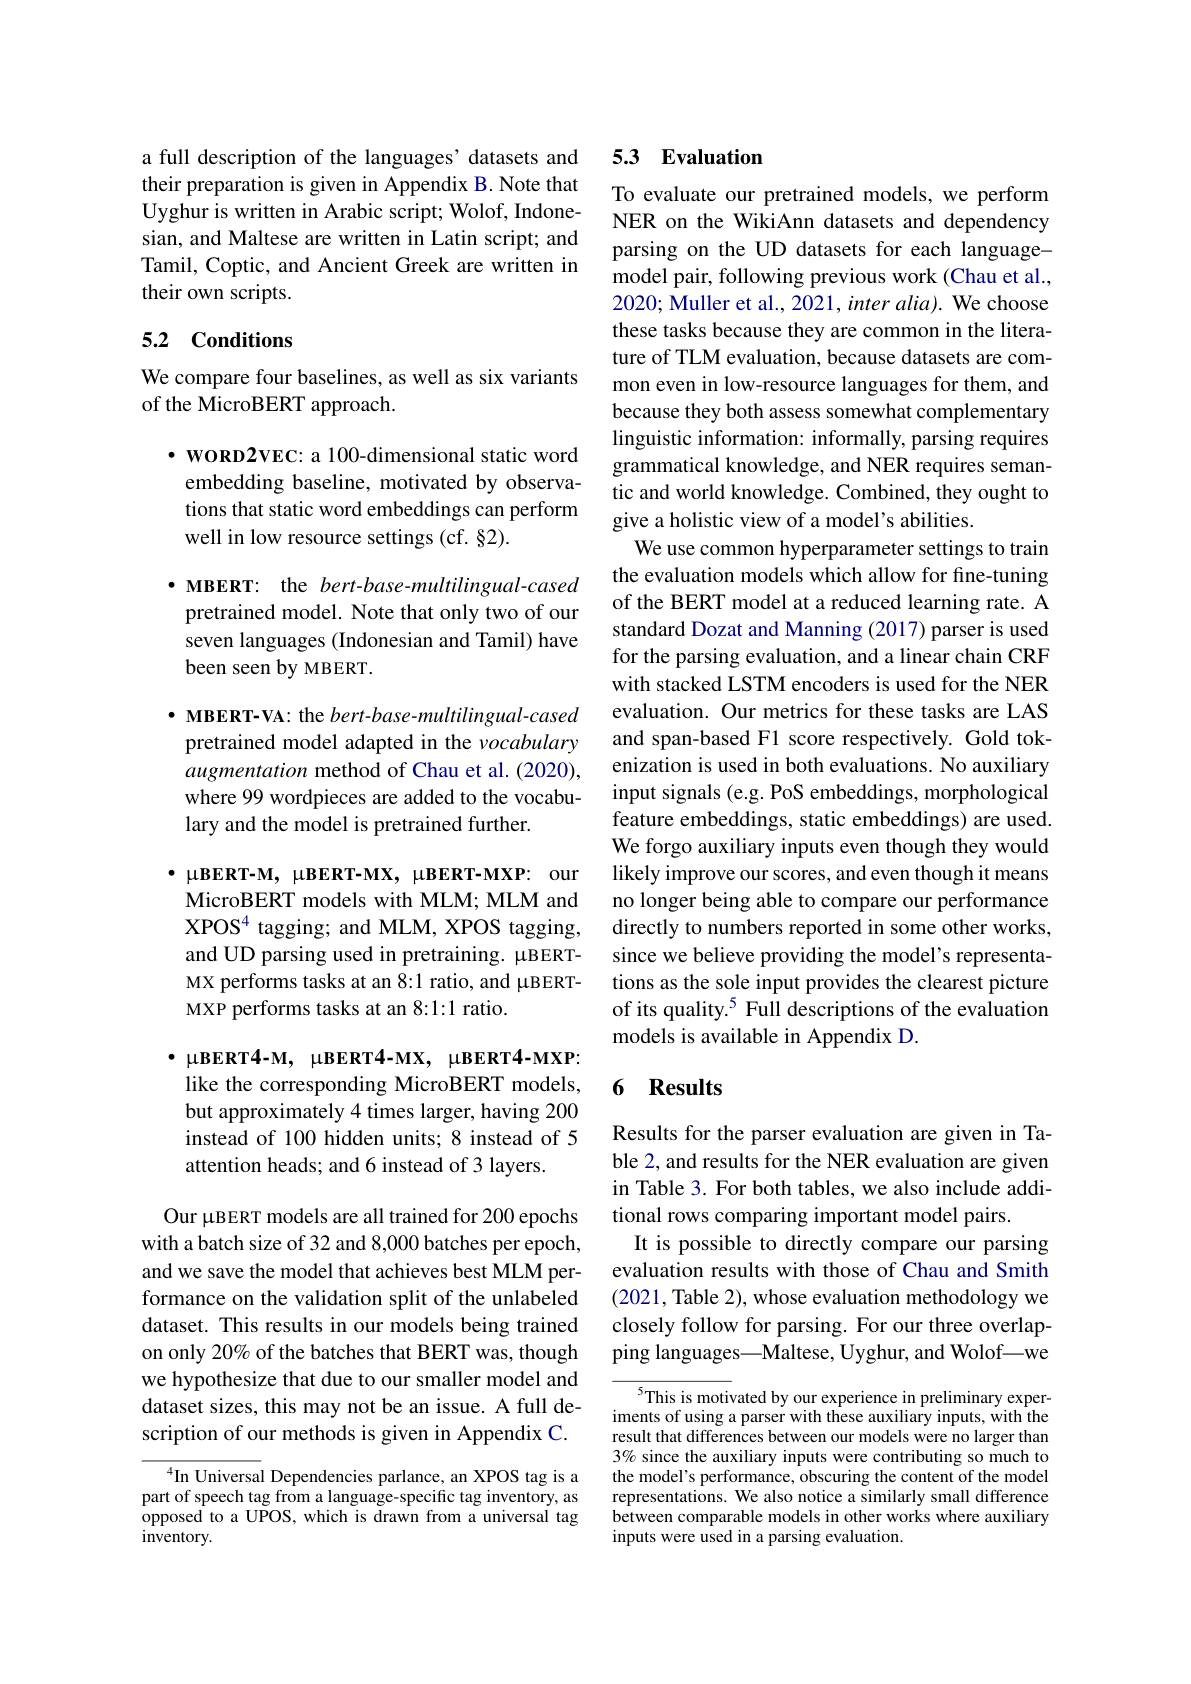
a full description of the languages' datasets and their preparation is given in Appendix B. Note that Uyghur is written in Arabic script; Wolof, Indonesian, and Maltese are written in Latin script; and Tamil, Coptic, and Ancient Greek are written in their own scripts.

# 5.2 Conditions

We compare four baselines, as well as six variants
of the MicroBERT approach.

$\cdot$ woRD2VEC: a 100-dimensional static word
embedding baseline, motivated by observations that static word embeddings can perform well in low resource settings (cf. §2).

$\cdot$ MBERT: the bert-base-multilingual-cased pretrained model. Note that only two of our seven languages (Indonesian and Tamil) have been seen by MBERT.

$\bullet$ MBERT-VA: the bert-base-multilingual-cased pretrained model adapted in the vocabulary augmentation method of Chau et al. (2020), where 99 wordpieces are added to the vocabulary and the model is pretrained further.

$\bullet$ μBERT-M, μBERT-MX, μBERT-MXP: our MicroBERT models with MLM; MLM and XPOS$^4$ tagging; and MLM, XPOS tagging, and UD parsing used in pretraining. μBERTMX performs tasks at an 8:1 ratio, and μBERTMXP performs tasks at an 8:1:1 ratio.

$\bullet$ μBERT4-M, μBERT4-MX, μBERT4-MXP: like the corresponding MicroBERT models, but approximately 4 times larger, having 200 instead of 100 hidden units; 8 instead of 5 attention heads; and 6 instead of 3 layers.

Our μBERT models are all trained for 200 epochs with a batch size of 32 and 8,000 batches per epoch, and we save the model that achieves best MLM performance on the validation split of the unlabeled dataset. This results in our models being trained on only 20% of the batches that BERT was, though we hypothesize that due to our smaller model and dataset sizes, this may not be an issue. A full description of our methods is given in Appendix C.

$^{4}$In Universal Dependencies parlance, an XPOS tag is a part of speech tag from a language-specific tag inventory, as opposed to a UPOS, which is drawn from a universal tag ${\mathrm{inventory.}}$

## 5.3 Evaluation

To evaluate our pretrained models, we perform NER on the WikiAnn datasets and dependency parsing on the UD datasets for each languagemodel pair, following previous work (Chau et al., 2020; Muller et al., 2021, inter alia). We choose these tasks because they are common in the literature of TLM evaluation, because datasets are common even in low-resource languages for them, and because they both assess somewhat complementary linguistic information: informally, parsing requires grammatical knowledge, and NER requires semantic and world knowledge. Combined, they ought to give a holistic view of a model's abilities.
We use common hyperparameter settings to train the evaluation models which allow for fine-tuning of the BERT model at a reduced learning rate. A standard Dozat and Manning (2017) parser is used for the parsing evaluation, and a linear chain CRF with stacked LSTM encoders is used for the NER evaluation. Our metrics for these tasks are LAS and span-based F1 score respectively. Gold tokenization is used in both evaluations. No auxiliary input signals (e.g. PoS embeddings, morphological feature embeddings, static embeddings) are used. We forgo auxiliary inputs even though they would likely improve our scores, and even though it means no longer being able to compare our performance directly to numbers reported in some other works, since we believe providing the model's representations as the sole input provides the clearest picture of its quality.$^{5}$ Full descriptions of the evaluation models is available in Appendix D.

## 6 Results

Results for the parser evaluation are given in Table 2, and results for the NER evaluation are given in Table 3. For both tables, we also include additional rows comparing important model pairs.
It is possible to directly compare our parsing evaluation results with those of Chau and Smith (2021, Table 2), whose evaluation methodology we closely follow for parsing. For our three overlapping languages—Maltese, Uyghur, and Wolof—we

${^{5}\text{This is motivated by our experience in preliminary exper-}}$ iments of using a parser with these auxiliary inputs, with the result that differences between our models were no larger than 3% since the auxiliary inputs were contributing so much to the model's performance, obscuring the content of the model representations. We also notice a similarly small difference between comparable models in other works where auxiliary inputs were used in a parsing evaluation.